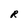
Character: R